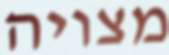
מצויה